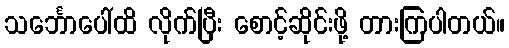
သင်္ဘောပေါ်ထိ လိုက်ပြီး စောင့်ဆိုင်းဖို့ တားကြပါတယ်။